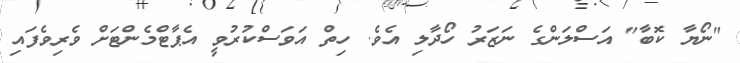
"ނޯޔާ ކޮބާ" އަސްލަންގެ ނަޒަރު ހޯދާލި އެވެ. ހިތް އަވަސްކުރުވީ އެޕާޓްމެންޓަށް ވެރިވެފައި